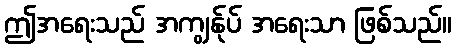
ဤအရေးသည် အကျွန်ုပ် အရေးသာ ဖြစ်သည်။